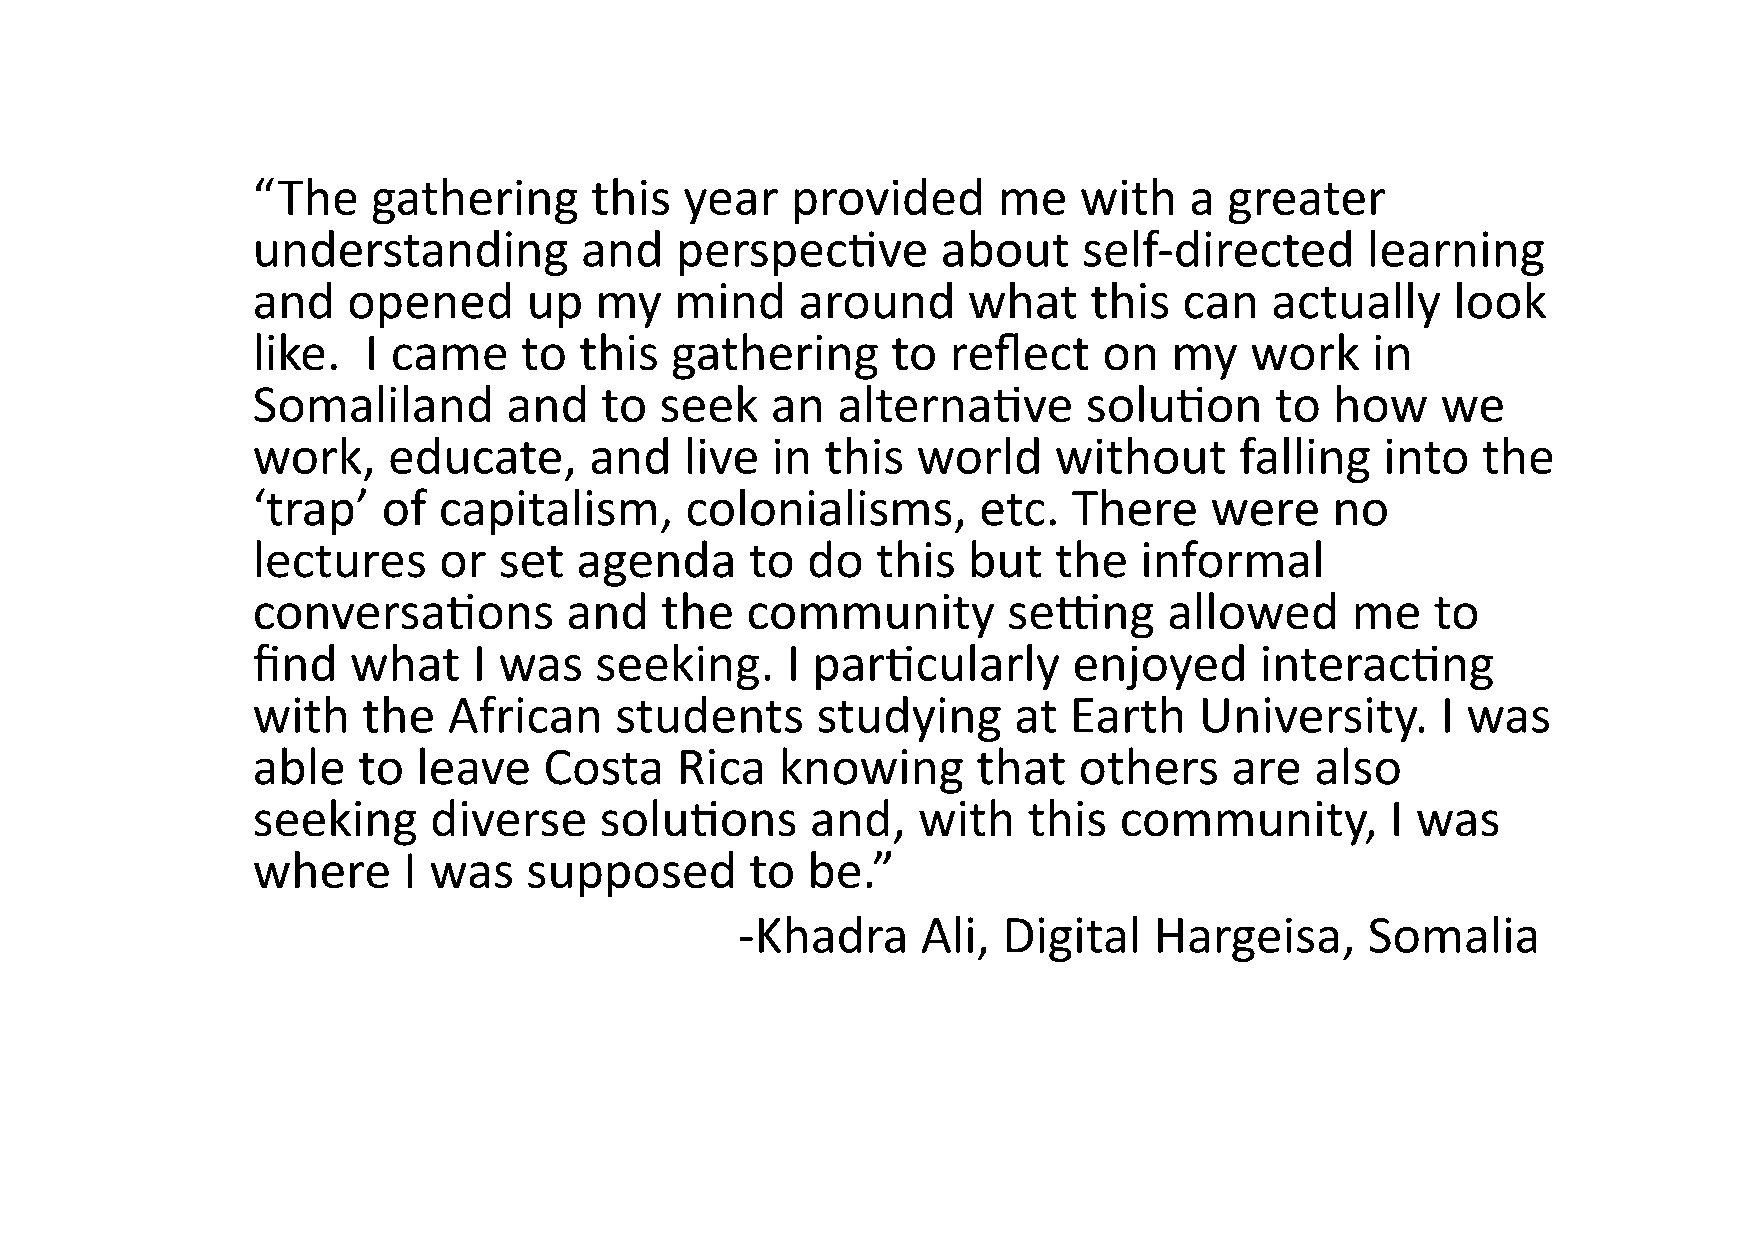
!“The!gathering!this!year!provided!me!with!a!greater!
 understanding!and!perspec-ve!about!selfFdirected!learning!
 and!opened!up!my!mind!around!what!this!can!actually!look!
 like.!!I!came!to!this!gathering!to!reflect!on!my!work!in!
 Somaliland!and!to!seek!an!alterna-ve!solu-on!to!how!we!
 work,!educate,!and!live!in!this!world!without!falling!into!the!
 ‘trap’!of!capitalism,!colonialisms,!etc.!There!were!no!
 lectures!or!set!agenda!to!do!this!but!the!informal!
 conversa-ons!and!the!community!sejng!allowed!me!to!
 find!what!I!was!seeking.!I!par-cularly!enjoyed!interac-ng!
 with!the!African!students!studying!at!Earth!University.!I!was!
 able!to!leave!Costa!Rica!knowing!that!others!are!also!
 seeking!diverse!solu-ons!and,!with!this!community,!I!was!
 where!I!was!supposed!to!be.”!!
 ! !   !    !     !    !    !    !FKhadra!Ali,!Digital!Hargeisa,!Somalia!